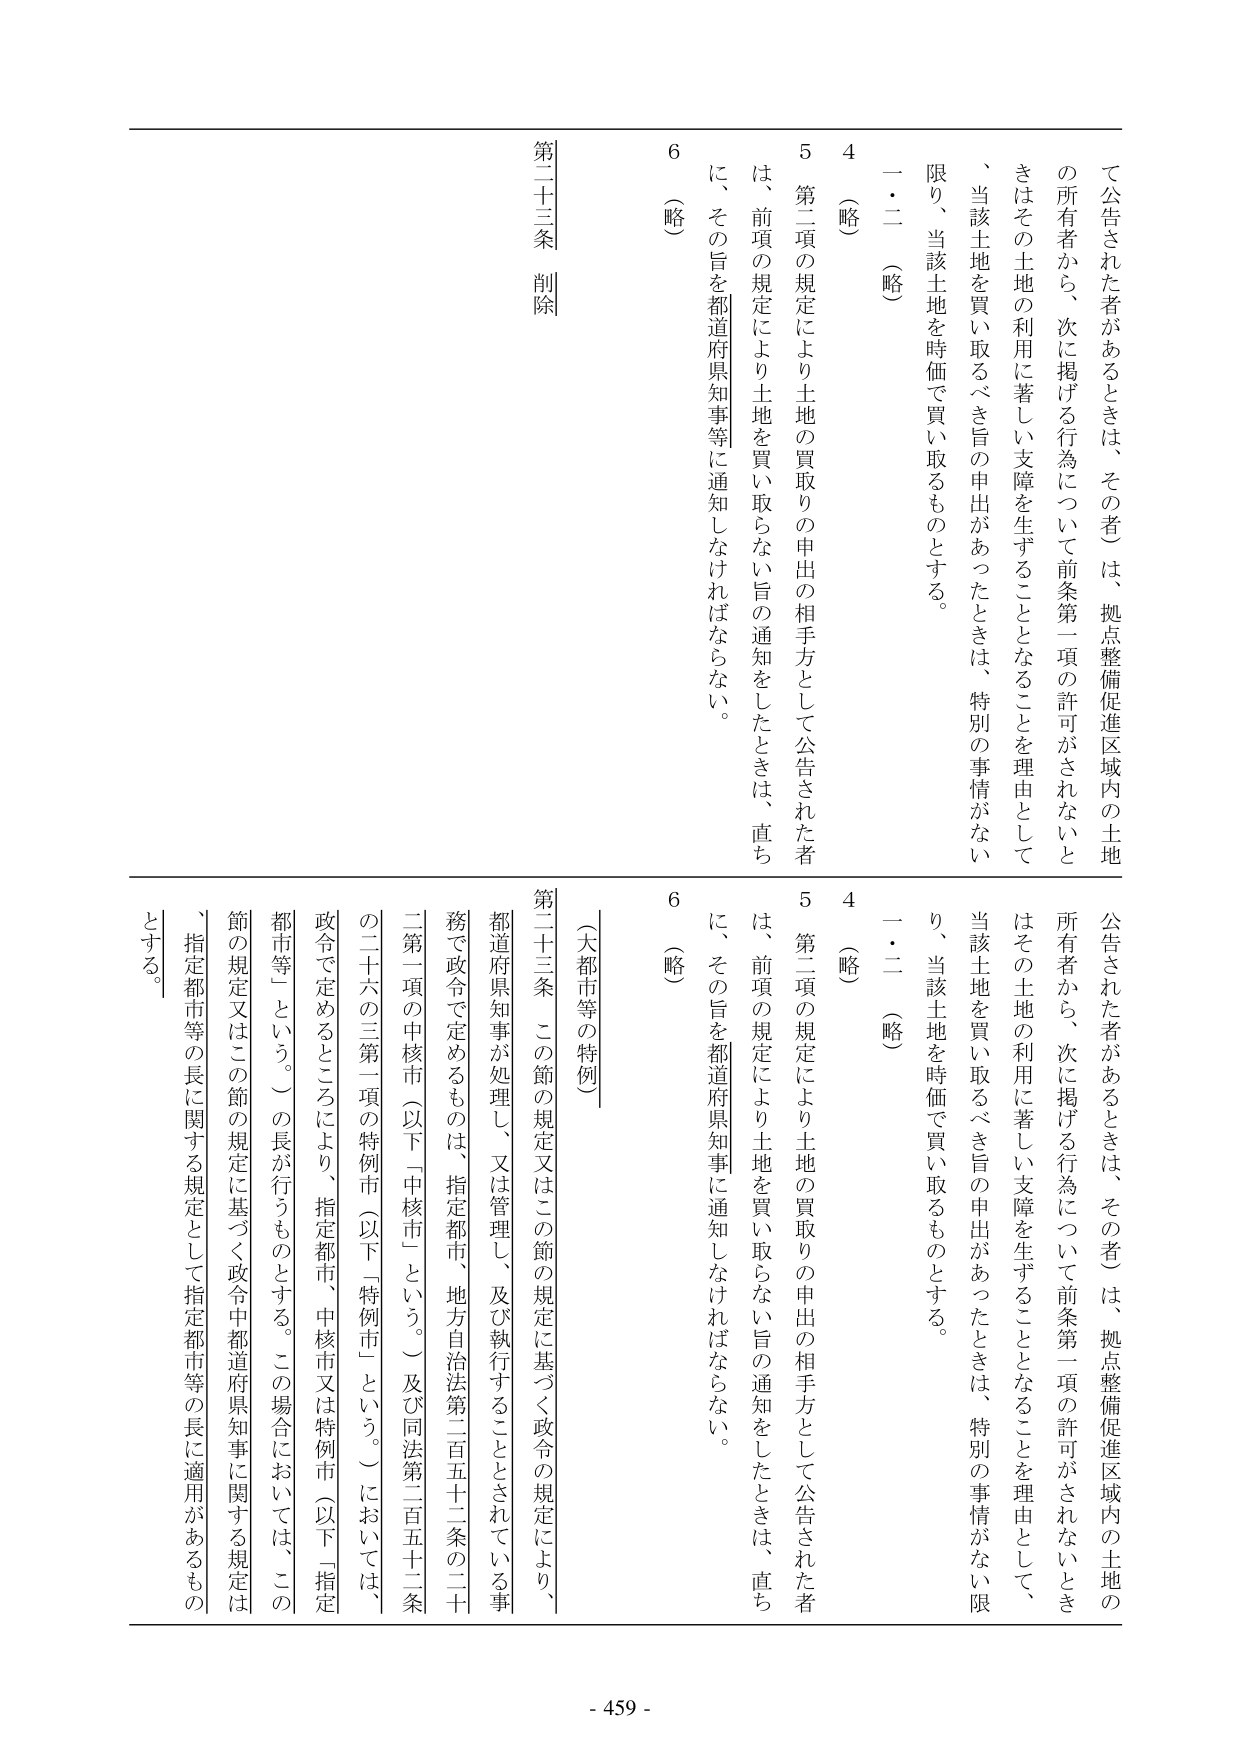
て公告された者があるときは、その者）は、拠点整備促進区域内の土地の所有者から、次に掲げる行為について前条第一項の許可がされないときはその土地の利用に著しい支障を生ずることとなることを理由として、当該土地を買い取るべき旨の申出があったときは、特別の事情がない限り、当該土地を時価で買い取るものとする。

一・二（略）

4（略）

5 第二項の規定により土地の買取りの申出の相手方として公告された者は、前項の規定により土地を買い取らない旨の通知をしたときは、直ちに、その旨を都道府県知事等に通知しなければならない。

6（略）

第二十三条 削除

公告された者があるときは、その者）は、拠点整備促進区域内の土地の所有者から、次に掲げる行為について前条第一項の許可がされないときはその土地の利用に著しい支障を生ずることとなることを理由として、当該土地を買い取るべき旨の申出があったときは、特別の事情がない限り、当該土地を時価で買い取るものとする。

一・二（略）

4（略）

5 第二項の規定により土地の買取りの申出の相手方として公告された者は、前項の規定により土地を買い取らない旨の通知をしたときは、直ちに、その旨を都道府県知事に通知しなければならない。

6（略）

（大都市等の特例）

第二十三条 この節の規定又はこの節の規定に基づく政令の規定により、都道府県知事が処理し、又は管理し、及び執行することとされている事務で政令で定めるものは、指定都市、地方自治法第二百五十二条の二十第一項の中核市（以下「中核市」という。）及び同法第二百五十二条の二十六の三第一項の特例市（以下「特例市」という。）においては、政令で定めるところにより、指定都市、中核市又は特例市（以下「指定都市等」という。）の長が行うものとする。この場合においては、この節の規定又はこの節の規定に基づく政令中都道府県知事に関する規定は、指定都市等の長に関する規定として指定都市等の長に適用があるものとする。

- 459 -